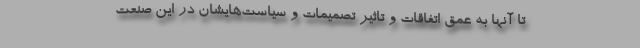
تا آنها به عمق اتفاقات و تاثیر تصمیمات و سیاست‌هایشان در این صنعت